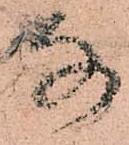
な